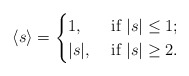
\begin{align*}\langle s\rangle=\begin{cases}1, &\mbox{ if $|s|\le 1$;}\\|s|, &\mbox{ if $|s|\ge 2$}. \end{cases}\end{align*}